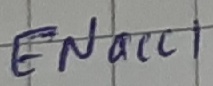
Text: ENacc1